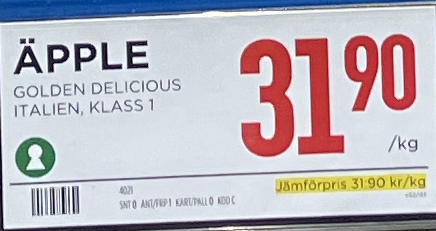
Vara: Äpple
Genomsnittspris: 31.9 per kg